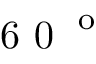
\textup { 6 0 } ^ { \textup { o } }